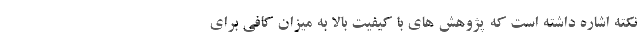
نکته اشاره داشته است که پژوهش های با کیفیت بالا به میزان کافی برای